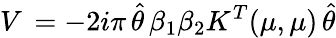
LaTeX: V\, =-2i\pi\, \hat{\theta}\, \beta_{1}\beta_{2}K^{T}(\mu,\mu)\, \hat{\theta}